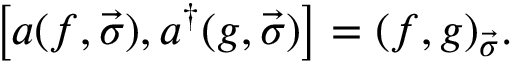
\left[ a ( f , \vec { \sigma } ) , a ^ { \dagger } ( g , \vec { \sigma } ) \right] = ( f , g ) _ { \vec { \sigma } } .